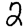
Digit: 2